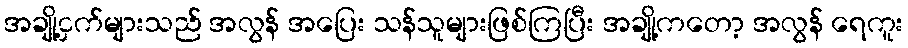
အချို့ငှက်များသည် အလွန် အပြေး သန်သူများဖြစ်ကြပြီး အချို့ကတော့ အလွန် ရေကူး